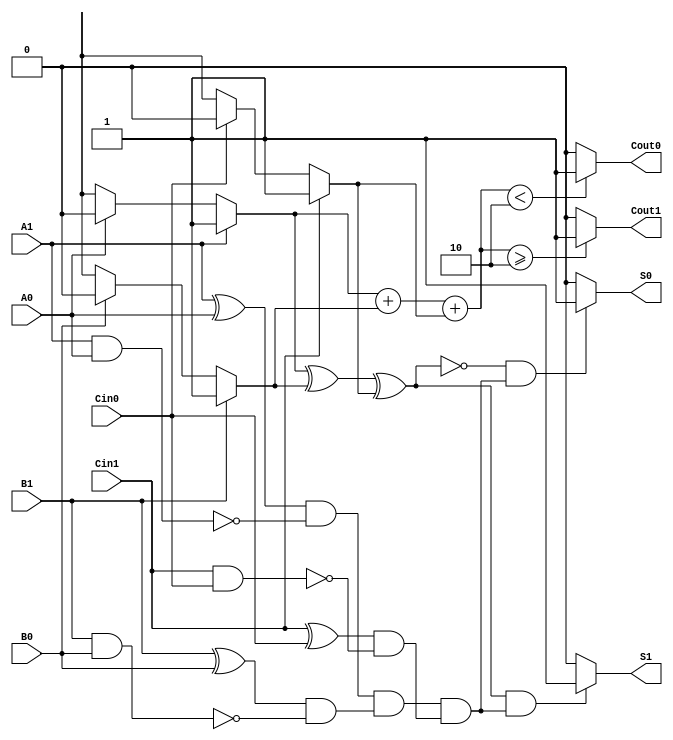
module dual_rail_full_adder (
    input wire A1, A0,      // Dual-rail representation of input A
    input wire B1, B0,      // Dual-rail representation of input B
    input wire Cin1, Cin0,  // Dual-rail representation of carry input Cin
    output wire S1, S0,     // Dual-rail representation of sum output S
    output wire Cout1, Cout0 // Dual-rail representation of carry output Cout
);

    // Intermediate signals for the logic
    wire A, B, Cin;
    wire sum, carry;
    wire A_valid, B_valid, Cin_valid;

    // Decode dual-rail inputs to single-bit values
    assign A = A1 ? 1'b1 : (A0 ? 1'b0 : 1'bx);
    assign B = B1 ? 1'b1 : (B0 ? 1'b0 : 1'bx);
    assign Cin = Cin1 ? 1'b1 : (Cin0 ? 1'b0 : 1'bx);

    // Full adder logic
    assign sum = A ^ B ^ Cin; // S = A XOR B XOR Cin
    assign carry = (A & B) | (Cin & (A ^ B)); // Cout = (A AND B) OR (Cin AND (A XOR B))

    // Generate dual-rail outputs for sum
    assign S1 = (sum && (A_valid && B_valid && Cin_valid)) ? 1'b1 : 1'b0;
    assign S0 = (~sum && (A_valid && B_valid && Cin_valid)) ? 1'b1 : 1'b0;

    // Generate dual-rail outputs for carry
    assign Cout1 = ((A + B + Cin) >= 2) ? 1'b1 : 1'b0; // At least two inputs are '1'
    assign Cout0 = ((A + B + Cin) < 2) ? 1'b1 : 1'b0;  // Fewer than two inputs are '1'

    // Validity checks for inputs
    assign A_valid = (A1 ^ A0) && !(A1 && A0); // Only one of A1 or A0 should be high
    assign B_valid = (B1 ^ B0) && !(B1 && B0); // Only one of B1 or B0 should be high
    assign Cin_valid = (Cin1 ^ Cin0) && !(Cin1 && Cin0); // Only one of Cin1 or Cin0 should be high

endmodule